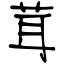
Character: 茸